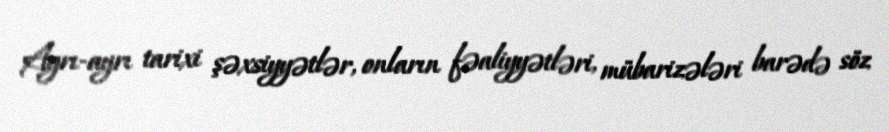
Ayrı-ayrı tarixi şəxsiyyətlər, onların fəaliyyətləri, mübarizələri barədə söz